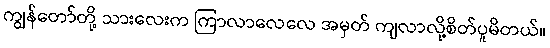
ကျွန်တော်တို့ သားလေးက ကြာလာလေလေ အမှတ် ကျလာလို့စိတ်ပူမိတယ်။